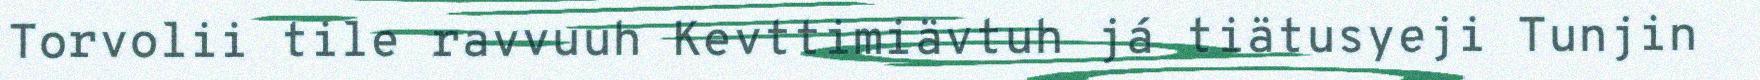
Torvolii tile ravvuuh Kevttimiävtuh já tiätusyeji Tunjin